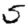
Digit: 5